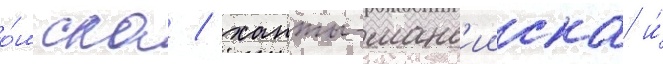
о́мска / ханты-манс'ииска и́